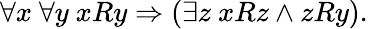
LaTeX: \forall x\ \forall y\ xRy\Rightarrow(\exists z\ xRz\land zRy).